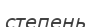
степень